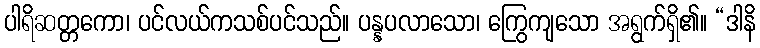
ပါရိဆတ္တကော၊ ပင်လယ်ကသစ်ပင်သည်။ ပန္နပလာသော၊ ကြွေကျသော အရွက်ရှိ၏။ “ဒါနိ